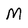
Character: M